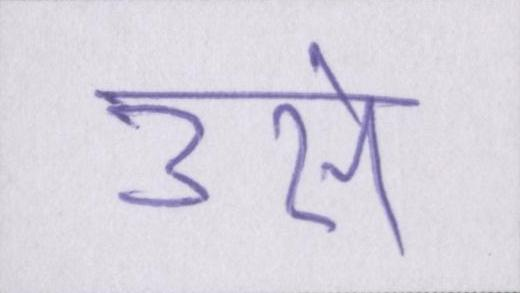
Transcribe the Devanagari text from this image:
उसे